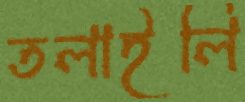
তলাইলি